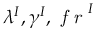
\lambda ^ { I } , \gamma ^ { I } , \textit { f r } ^ { I }